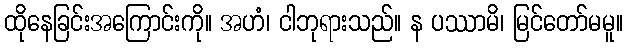
ထိုနေခြင်းအကြောင်းကို။ အဟံ၊ ငါဘုရားသည်။ န ပဿာမိ၊ မြင်တော်မမူ။